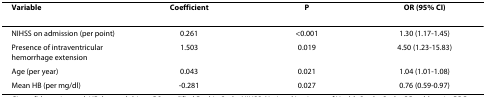
| Variable | Coefficient | P | OR (95% CI) |
 | --- | --- | --- | --- |
 | NIHSS on admission (per point) | 0.261 | <0.001 | 1.30 (1.17-1.45) |
 | Presence of intraventricular hemorrhage extension | 1.503 | 0.019 | 4.50 (1.23-15.83) |
 | Age (per year) | 0.043 | 0.021 | 1.04 (1.01-1.08) |
 | Mean HB (per mg/dl) | -0.281 | 0.027 | 0.76 (0.59-0.97) |